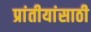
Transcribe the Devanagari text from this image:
प्रांतीयांसाठी